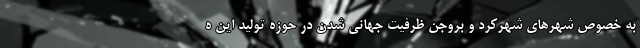
به خصوص شهرهای شهرکرد و بروجن ظرفیت جهانی شدن در حوزه تولید این ه